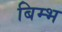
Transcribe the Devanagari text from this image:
बिम्भ